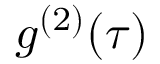
g ^ { ( 2 ) } ( \tau )